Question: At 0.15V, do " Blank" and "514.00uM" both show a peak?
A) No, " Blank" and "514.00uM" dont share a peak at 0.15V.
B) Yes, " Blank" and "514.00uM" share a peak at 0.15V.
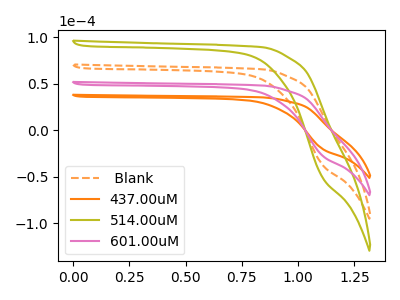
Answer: <think>The orange dashed curve " Blank" has no peaks. The orange curve "437.00uM" has no peaks. The olive curve "514.00uM" has no peaks. The pink curve "601.00uM" has no peaks.</think>
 <answer>A) No, " Blank" and "514.00uM" dont share a peak at 0.15V.</answer>
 <eval>A</eval>